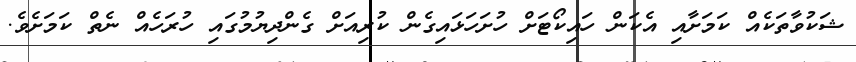
ޝަކުވާތަކެއް ކަމަށާއި އެކަން ހައިކޯޓަށް ހުށަހަޅައިގެން ކުރިއަށް ގެންދިޔުމުގައި ހުރަހެއް ނެތް ކަމަށެވެ.